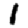
Digit: 1